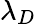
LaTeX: \lambda_{D}